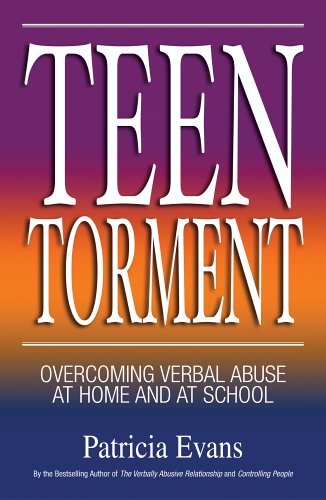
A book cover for Teen Torment: Overcoming Verbal Abuse at Home and at School; Patricia Evans; Teen & Young Adult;